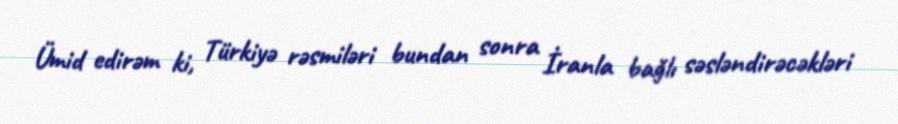
Ümid edirəm ki, Türkiyə rəsmiləri bundan sonra İranla bağlı səsləndirəcəkləri